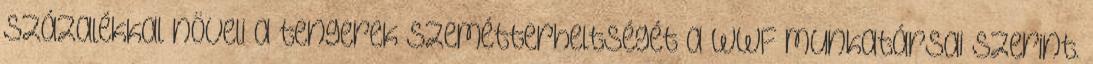
százalékkal növeli a tengerek szemétterheltségét a WWF munkatársai szerint.